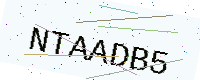
Text: NTAADB5